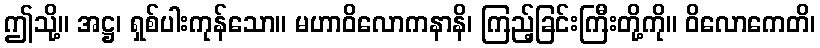
ဤသို့။ အဋ္ဌ၊ ရှစ်ပါးကုန်သော။ မဟာဝိလောကနာနိ၊ ကြည့်ခြင်းကြီးတို့ကို။ ဝိလောကေတိ၊